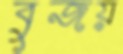
বুজয়